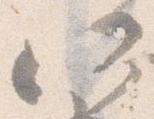
所